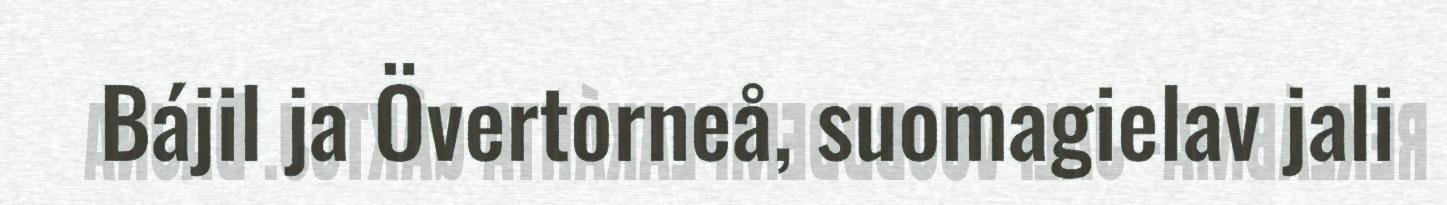
Bájil ja Övertorneå, suomagielav jali